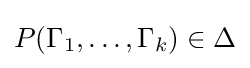
P(\Gamma _{1},\dots ,\Gamma _{k})\in \Delta